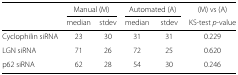
|  | <COLSPAN=2> Manual (M) | <COLSPAN=2> Automated (A) | (M) vs (A) |
 |  | median | stdev | median | stdev | KS-test p-value |
 | --- | --- | --- | --- | --- | --- |
 | Cyclophilin siRNA | 23 | 30 | 31 | 31 | 0.229 |
 | LGN siRNA | 71 | 26 | 72 | 25 | 0.620 |
 | p62 siRNA | 62 | 28 | 54 | 30 | 0.246 |